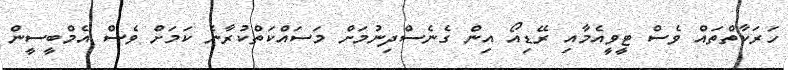
ހަރަކާތްތައް ވެސް ޓީވީއެމާއި ރޭޑިއޯ އިން ގެނެސްދިނުމަށް މަސައްކަތްކުރާނެ ކަމަށް ވެސް އެމްބީސީން